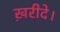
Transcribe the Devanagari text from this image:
ख़रीदे।